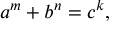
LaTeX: a ^ { m } + b ^ { n } = c ^ { k } ,